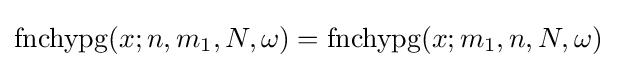
\operatorname {fnchypg} (x;n,m_{1},N,\omega )=\operatorname {fnchypg} (x;m_{1},n,N,\omega )